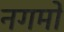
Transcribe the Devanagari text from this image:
नगमों